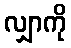
လျှာကို